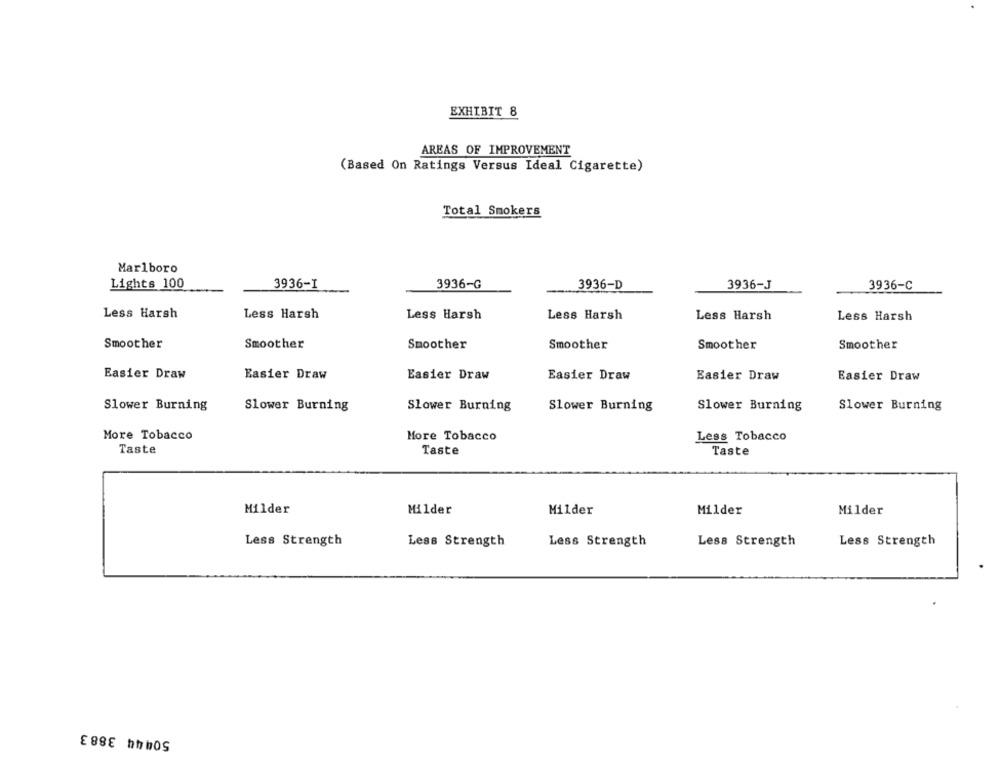
EXHIBIT 8
AREAS OF IMPROVEMENT
(Based On Ratings Versus Ideal Cigarette)
Total Smokers
Marlboro
3936-G
Lights 100
3936-I
3936-D
3936-J
3936-C
Less Harsh
Less Harsh
Less Harsh
Less Harsh
Less Harsh
Less Harsh
Smoother
Smoother
Smoother
Smoother
Smoother
Smoother
Easier Draw
Easier Draw
Easier Draw
Easier Draw
Easier Draw
Easier Draw
Slower Burning
Slower Burning
Slower Burning
Slower Burning
Slower Burning
Slower Burning
More Tobacco
More Tobacco
Less Tobacco
Taste
Taste
Taste
Milder
Milder
Milder
Milder
Milder
Less Strength
Less Strength
Less Strength
Less Strength
Less Strength
50444 3883